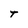
Character: t